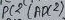
Text: ADC2